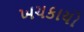
ખચકાયો